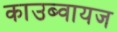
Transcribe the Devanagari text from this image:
काउब्वायज